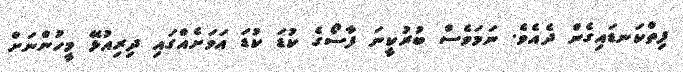
ފިތްކަނޑައިގެން ދެއެވެ. ނަމަވެސް ބުރުކީނަ ފާސޯގެ ކުޑަ ކުޑަ އަވަށެއްގައި ދިރިއުޅޭ މީހުންނަށް